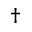
\dagger